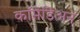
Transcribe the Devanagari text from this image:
कॉमेडिअन